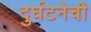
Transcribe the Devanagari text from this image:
दुर्घटनेची